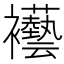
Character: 襼